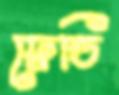
ফ্রেডি